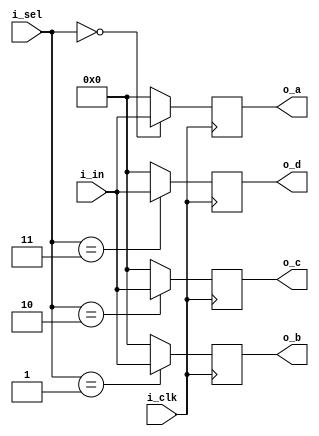
`timescale 1ns / 1ps
//////////////////////////////////////////////////////////////////////////////////
// Company: 
// Engineer: 
// 
// Design Name: 
// Module Name:    demux_1-4 
// Project Name: 
// Target Devices: 
// Tool versions: 
// Description: 
//
// Dependencies: 
//
// Revision: 
// Revision 0.01 - File Created
// Additional Comments: 
//
//////////////////////////////////////////////////////////////////////////////////
module demux_1_to_4(
    input i_clk,
    input [1:0] i_sel,
    input [7:0] i_in,
    output reg [7:0] o_a,
    output reg [7:0] o_b,
    output reg [7:0] o_c,
    output reg [7:0] o_d
    );
	 
	 always @(posedge i_clk) begin
		o_a <= 8'h00;
		o_b <= 8'h00;
		o_c <= 8'h00;
		o_d <= 8'h00;
		case (i_sel)
			2'b00		:	o_a <= i_in;
			2'b01 	:	o_b <= i_in;
			2'b10		:	o_c <= i_in;
			2'b11		:	o_d <= i_in;
		endcase
	 end
	 
endmodule